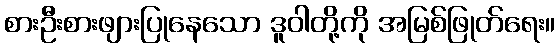
စားဦးစားဖျားပြုနေသော ဒူဝါတို့ကို အမြစ်ဖြုတ်ရေး။